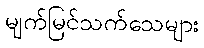
မျက်မြင်သက်သေများ